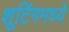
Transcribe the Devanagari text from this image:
शूटिंगमध्ये